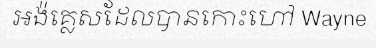
អង៉គ្លេសដែលបានកោះហៅ Wayne